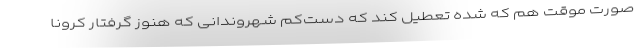
صورت موقت هم که شده تعطیل کند که دست‌کم شهروندانی که هنوز گرفتار کرونا